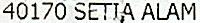
40170 SETIA ALAM